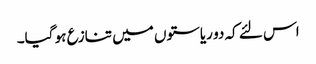
اس لئے کہ دو ریاستوں میں تنازع ہو گیا۔